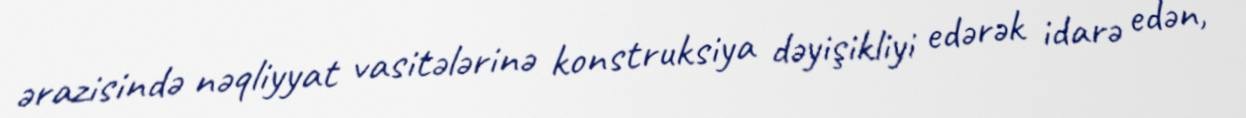
ərazisində nəqliyyat vasitələrinə konstruksiya dəyişikliyi edərək idarə edən,